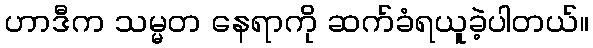
ဟာဒီက သမ္မတ နေရာကို ဆက်ခံရယူခဲ့ပါတယ်။